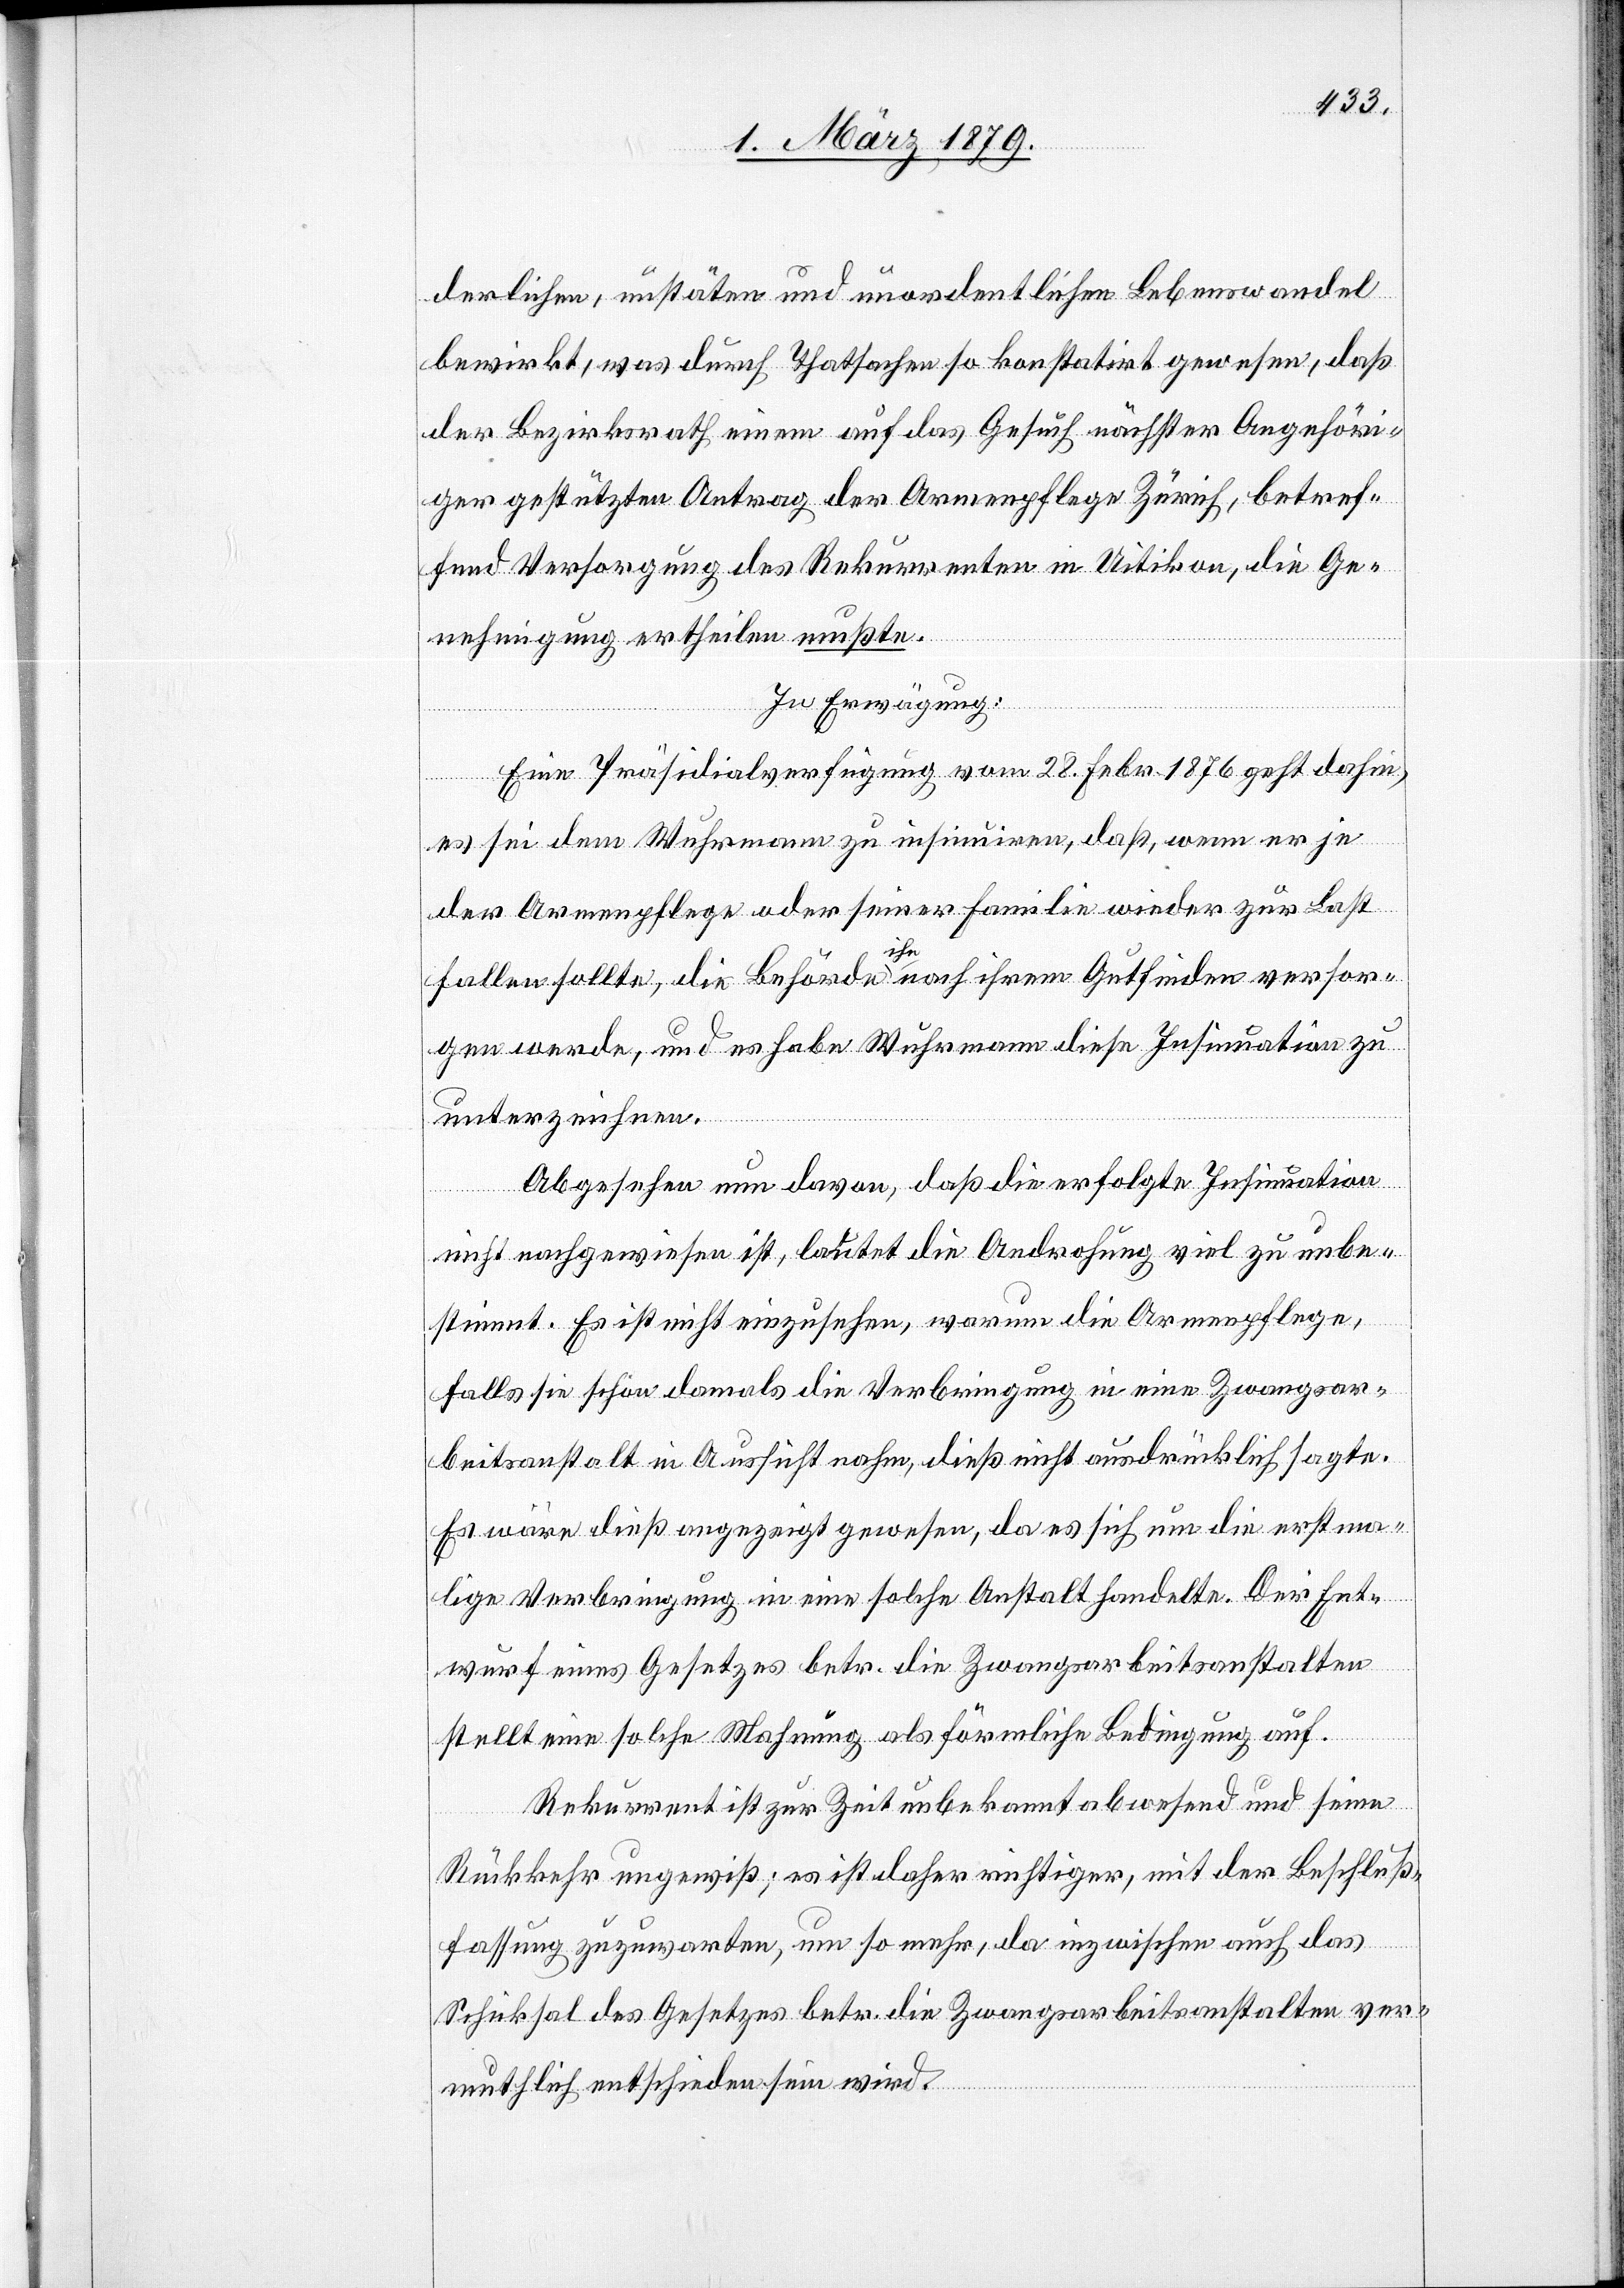
derlichen, unstäten und unordentlichen Lebenswandel
bewirkt, was durch Thatsachen so konstatirt gewesen, daß
der Bezirksrath einem auf das Gesuch nächster Angehöri¬
ger gestützten Antrag der Armenpflege Zürich, betref¬
fend Versorgung des Rekurrenten in Uitikon, die Ge¬
nehmigung ertheilen mußte.
In Erwägung:
Eine Präsidialverfügung vom 28. Febr. 1876 geht dahin,
es sei der Wuhrmann zu insinuiren, daß, wenn er je
der Armenpflege oder seiner Familie wieder zur Last
fallen sollte, die Behörde ihn nach ihrem Gutfinden versor¬
gen werde, und es habe Wuhrmann diese Insinuation zu
unterzeichnen.
Abgesehen nun davon, daß die erfolgte Insinuation
nicht nachgewiesen ist, lautet die Androhung viel zu unbe¬
stimmt. Es ist nicht einzusehen, warum die Armenpflege,
falls sie schon damals die Verbringung in eine Zwangsar¬
beitsanstalt in Aussicht nahm, dieß nicht ausdrücklich sagte.
Es wäre dieß angezeigt gewesen, da es sich um die erstma¬
lige Verbringung in eine solche Anstalt handelte. Der Ent¬
wurf eines Gesetzes betr. die Zwangsarbeitsanstalten
stellt eine solche Mahnung als förmliche Bedingung auf.
Rekurrent ist zur Zeit unbekannt abwesend und seine
Rückkehr ungewiß; es ist daher richtiger, mit der Beschluß¬
fassung zuzuwarten, um so mehr, da inzwischen auch das
Schicksal des Gesetzes betr. Zwangsarbeitsanstalten ver¬
muthlich entschieden sein wird.